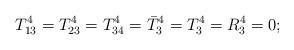
LaTeX: \begin{align*} T^4_{13} = T^4_{23} = T^4_{34} =\bar T^4_3 = T^4_3 = R^4_3 = 0;\end{align*}